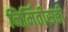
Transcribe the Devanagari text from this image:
निर्मितीसही